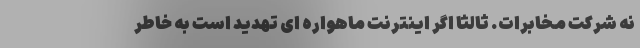
نه شرکت مخابرات. ثالثاً اگر اینترنت ماهواره ای تهدید است به خاطر